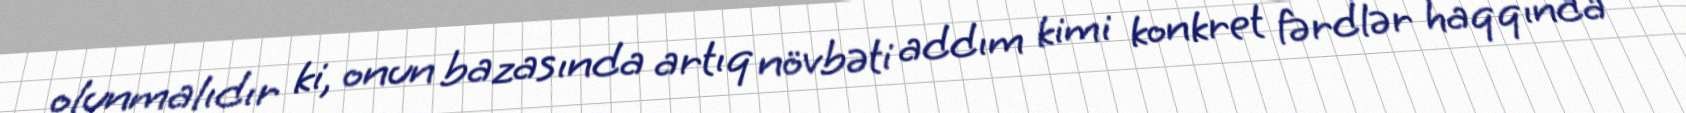
olunmalıdır ki, onun bazasında artıq növbəti addım kimi konkret fərdlər haqqında